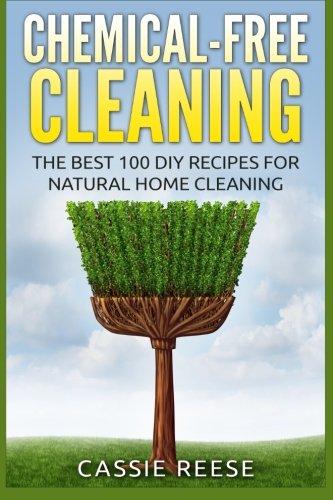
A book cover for Chemical-Free Cleaning: The Best 100 DIY Recipes for Natural Home Cleaning; Cassie Reese; Crafts, Hobbies & Home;